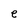
Character: e